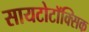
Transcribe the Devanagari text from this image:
सायटोटॉक्सिक